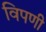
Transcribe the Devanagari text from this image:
विपणी